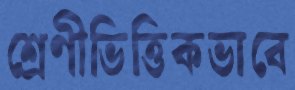
শ্রেণীভিত্তিকভাবে